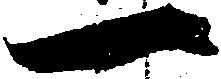
一